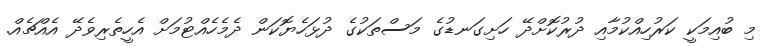
މި ބުއިމަކީ ކަރުހިއްކުމާއި ދުރުކޮށްދޭ ހަށިގަނޑުގެ މަސްތަކުގެ ދުޅަހެޔޮކަން ދެމެހެއްޓުމަށް އެހީތެރިވެދޭ އެއްޗެއް.